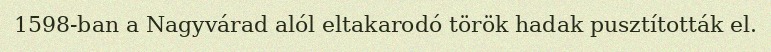
1598-ban a Nagyvárad alól eltakarodó török hadak pusztították el.